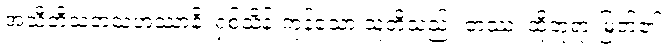
အသီတိသတသဟဿာနိ၊ ရှစ်သိန်းကုန်သော သူတို့သည်။ တဿ၊ ထိုဘုရားမြတ်၏။